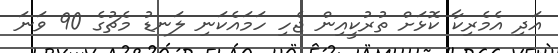
އަދި އެމެރިކާ ކޮޅަށް ތުރުކީއިން ޖެހި ހަމައެކަނި ލަނޑު މެޗުގެ 90 ވަނަ